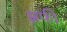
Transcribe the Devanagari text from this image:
झफी